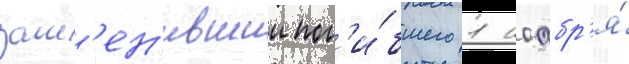
зам'ен'ившии пог'и́бшего 1 ноабр'я́